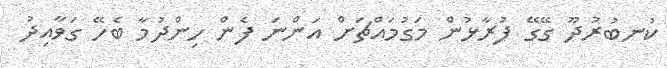
ކުނބުރުދޫ ގޭގޭ ފުރާޅުން މަގުމައްޗަށް އަންނަ ފެން ހިންދުމާ ބެހޭ ގަވާއިދު